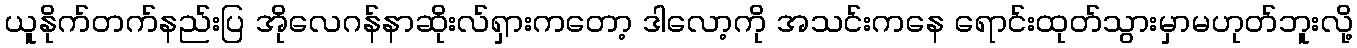
ယူနိုက်တက်နည်းပြ အိုလေဂန်နာဆိုးလ်ရှားကတော့ ဒါလော့ကို အသင်းကနေ ရောင်းထုတ်သွားမှာမဟုတ်ဘူးလို့